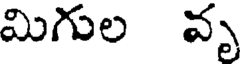
మిగుల వృ